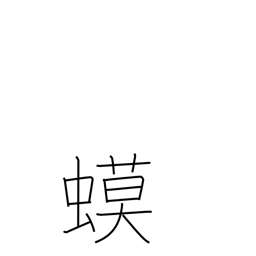
Meaning: toad